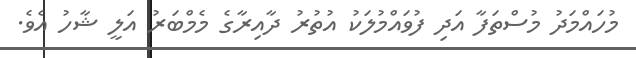
މުހައްމަދު މުސްތަފާ އަދި ފުވައްމުލަކު އުތުރު ދާއިރާގެ މެމްބަރު އަލީ ޝާހު އެވެ.